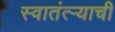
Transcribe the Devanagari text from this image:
स्वातंत्ऱ्याची